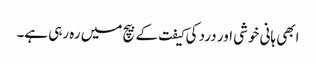
ابھی ہانی خوشی اور درد کی کیفت کے بیچ میں رہ رہی ہے۔